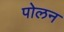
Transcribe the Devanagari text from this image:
पोलन